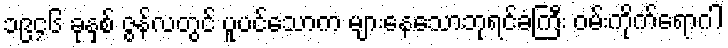
၁၉၄၆ ခုနှစ် ဇွန်လတွင် ပူပင်သောက များနေသောဘုရင်ခံကြီး ဝမ်းကိုက်ရောဂါ